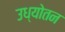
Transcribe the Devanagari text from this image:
उध्योतन